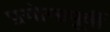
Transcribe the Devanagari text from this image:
प्रयोगापूर्वी